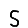
Digit: 5